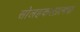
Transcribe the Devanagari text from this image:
सोलहकलात्मक